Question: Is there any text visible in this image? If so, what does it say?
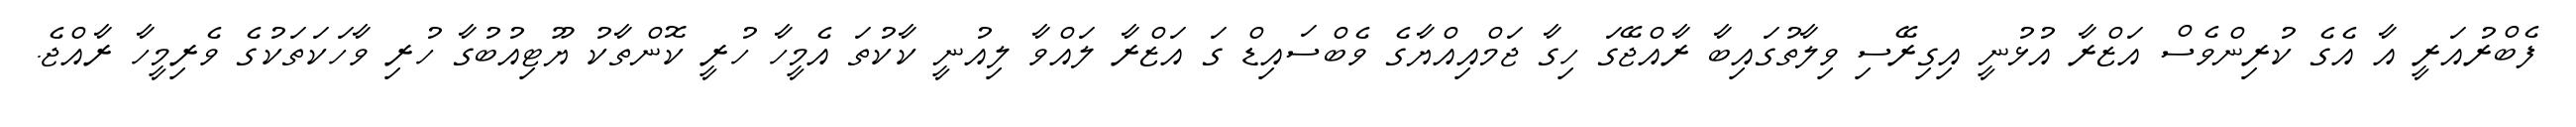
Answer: ފެބްރުއަރީ އާ އެގެ ކުރިންވެސް އަޒްރާ އުޅުނީ އިގިރޭސި ވިލާތުގައިބާ ރާއްޖޭގަ ހިގާ ޖަމްއިއްޔާގެ ވެބްސައިޑް ގަ އަޒްރާ ލައްވާ ލިއުނީ ކާކުތަ އެމީހާ ހުރީ ކޮންތާކު ޔޫޓިއުބުގާ ހުރި ވާހަކަތަކުގެ ވެރިމީހާ ރާއްޖެ.